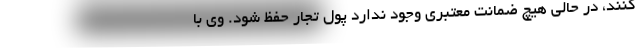
کنند، در حالی هیچ ضمانت معتبری وجود ندارد پول تجار حفظ شود. وی با